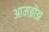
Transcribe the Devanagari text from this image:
आमब्रोझ